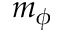
m _ { \phi }